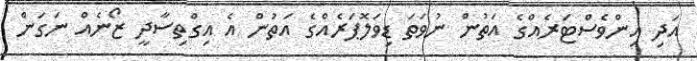
އަދި އިންވެސްޓަރެއްގެ އަތުން ނުވަތަ ޑިވަލޮޕަރެއްގެ އަތުން އެ އިގްތިސާދީ ޒޯނެއް ނަގަން